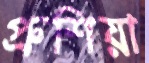
প্রুশিয়া